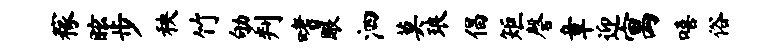
稼眩步秧竹劬判嗜眼泗莫琅倡矩磬章迎寓嘻俗